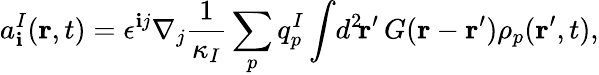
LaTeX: a_{\mathbf{i}}^{I}({\mathbf{r}},t)=\epsilon^{\mathbf{i}j}\nabla_{j}\frac{{1}}{{\kappa_{I}}}\sum_{p}q_{p}^{I}\int\! d^{2}\! {\mathbf{r}}^{\prime}\, G({\mathbf{r}}-{\mathbf{r}}^{\prime})\rho_{p}({\mathbf{r}}^{\prime},t),